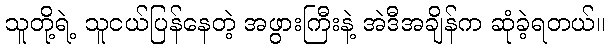
သူတို့ရဲ့ သူငယ်ပြန်နေတဲ့ အဖွားကြီးနဲ့ အဲဒီအချိန်က ဆုံခဲ့ရတယ်။